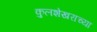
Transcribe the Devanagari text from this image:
कुलशेखराच्या